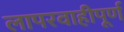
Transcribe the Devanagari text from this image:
लापरवाहीपूर्ण